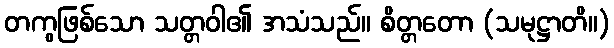
တကွဖြစ်သော သတ္တဝါ၏ အသံသည်။ စိတ္တတော (သမုဋ္ဌာတိ။)